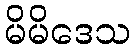
မိမိဒေသ